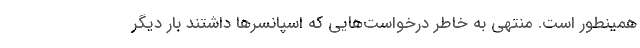
همینطور است. منتهی به خاطر درخواست‌هایی که اسپانسرها داشتند بار دیگر